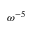
\omega ^ { - 5 }